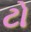
ટો